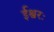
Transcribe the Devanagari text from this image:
ईश्वरः